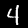
Label: 4